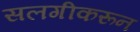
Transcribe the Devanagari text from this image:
सलगीकरून